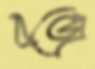
বন্ডে